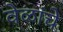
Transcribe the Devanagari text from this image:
वेळांचे